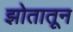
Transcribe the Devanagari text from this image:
झोतातून